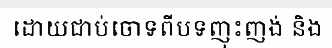
ដោយជាប់ចោទពីបទញុះញង់ និង